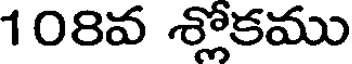
108వ శ్లోకము